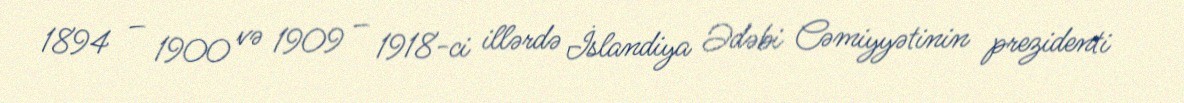
1894 – 1900 və 1909 – 1918-ci illərdə İslandiya Ədəbi Cəmiyyətinin prezidenti